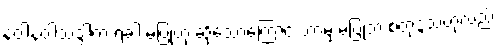
နဝါနဝါသဒ္ဒါက ရံခါ မပြုဟု ဆိုသောကြောင့် ဘာမှ မပြုဘဲ စတုဒ္ဒသဟုလည်း